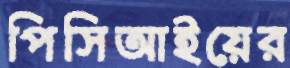
পিসিআইয়ের